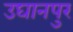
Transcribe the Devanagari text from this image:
उघानपुर